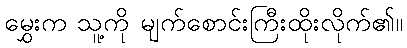
မွှေးက သူ့ကို မျက်စောင်းကြီးထိုးလိုက်၏။